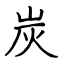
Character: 炭